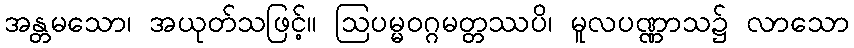
အန္တမသော၊ အယုတ်သဖြင့်။ ဩပမ္မဝဂ္ဂမတ္တဿပိ၊ မူလပဏ္ဏာသ၌ လာသော